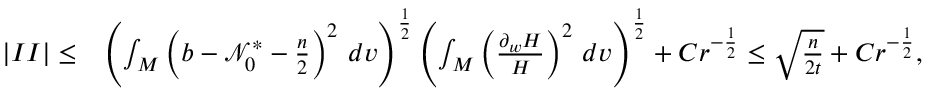
\begin{array} { r l } { | I I | \le } & { \left( \int _ { M } \left( b - \ensuremath { \mathcal { N } } _ { 0 } ^ { * } - \frac { n } { 2 } \right) ^ { 2 } \, d v \right) ^ { \frac 1 2 } \left( \int _ { M } \left( \frac { \partial _ { w } H } { H } \right) ^ { 2 } \, d v \right) ^ { \frac 1 2 } + C r ^ { - \frac { 1 } { 2 } } \le \sqrt { \frac { n } { 2 t } } + C r ^ { - \frac { 1 } { 2 } } , } \end{array}